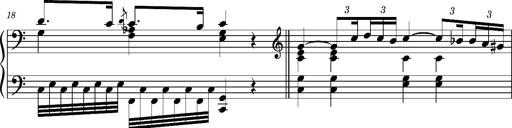
Title: Ungarischer Romanzero
Composer: Franz Liszt